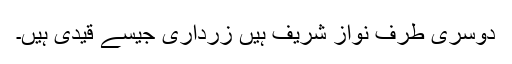
دوسری طرف نواز شریف ہیں زرداری جیسے قیدی ہیں۔